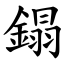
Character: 鎉